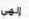
إلهي